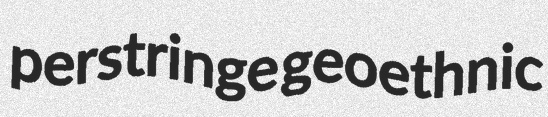
perstringe geoethnic